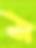
ম